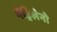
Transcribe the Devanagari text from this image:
मैड्रिलेनो